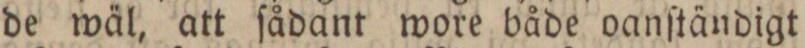
de wäl, att ſådant wore både oanſtändigt